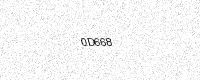
Text: 0D668